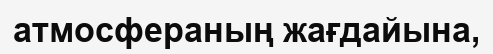
атмосфераның жағдайына,